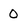
Character: 0